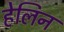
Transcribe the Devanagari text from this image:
हेलिन